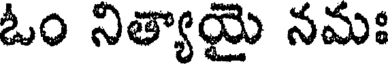
ఓం నిత్యాయై నమః